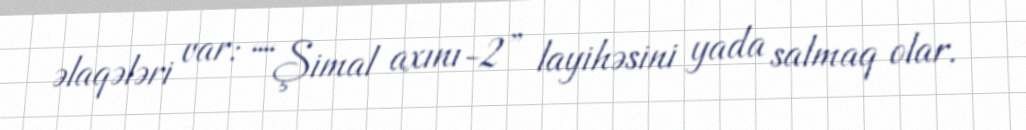
əlaqələri var: ““Şimal axını-2” layihəsini yada salmaq olar.